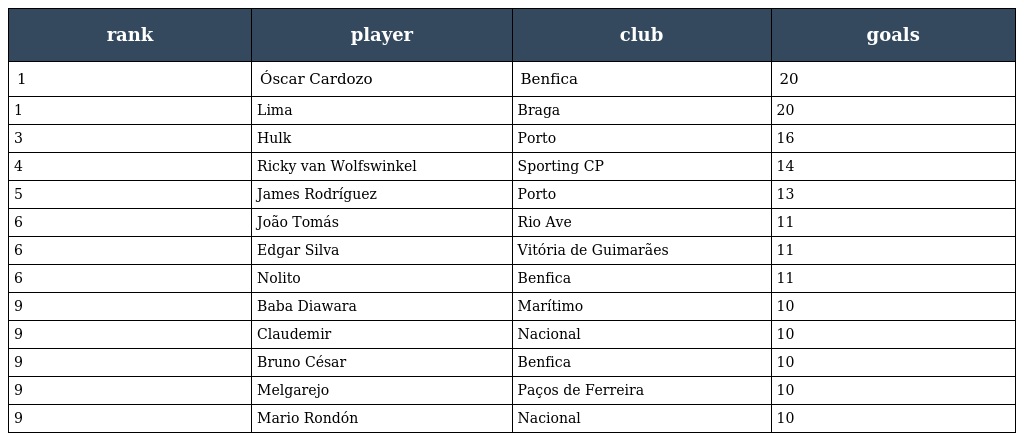
| rank | player | club | goals |
 | --- | --- | --- | --- |
 | 1 | Óscar Cardozo | Benfica | 20 |
 | 1 | Lima | Braga | 20 |
 | 3 | Hulk | Porto | 16 |
 | 4 | Ricky van Wolfswinkel | Sporting CP | 14 |
 | 5 | James Rodríguez | Porto | 13 |
 | 6 | João Tomás | Rio Ave | 11 |
 | 6 | Edgar Silva | Vitória de Guimarães | 11 |
 | 6 | Nolito | Benfica | 11 |
 | 9 | Baba Diawara | Marítimo | 10 |
 | 9 | Claudemir | Nacional | 10 |
 | 9 | Bruno César | Benfica | 10 |
 | 9 | Melgarejo | Paços de Ferreira | 10 |
 | 9 | Mario Rondón | Nacional | 10 |